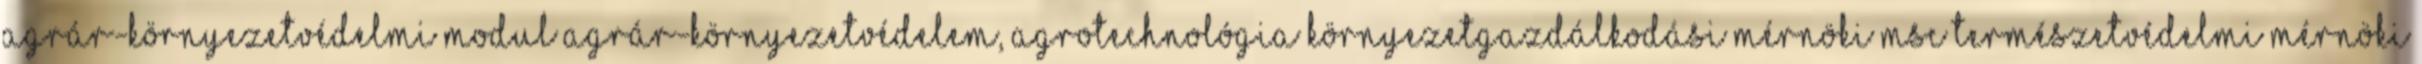
Agrár-környezetvédelmi Modul Agrár-környezetvédelem, agrotechnológia KÖRNYEZETGAZDÁLKODÁSI MÉRNÖKI MSc TERMÉSZETVÉDELMI MÉRNÖKI